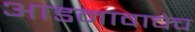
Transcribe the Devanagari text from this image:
आडनावाचेच